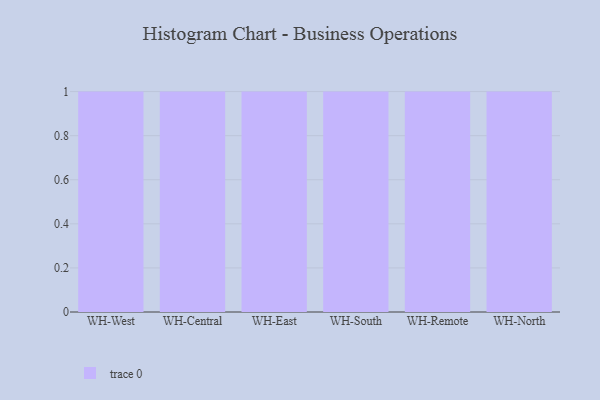
{"axis": {"x": "Warehouse", "y": "Humidity (%)"}, "legend": [""], "data": [{"x": "WH-West", "y": 5, "type": ""}, {"x": "WH-Central", "y": 89, "type": ""}, {"x": "WH-East", "y": 40, "type": ""}, {"x": "WH-South", "y": 49, "type": ""}, {"x": "WH-Remote", "y": 61, "type": ""}, {"x": "WH-North", "y": 23, "type": ""}]}